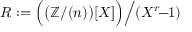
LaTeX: R : = { \Bigl ( } { \bigl ( } \mathbb { Z } / ( n ) { \bigr ) } [ X ] { \Bigr ) } { \Bigl / } ( X ^ { r } \! \! - \! \! 1 ) { \Bigr . }